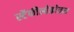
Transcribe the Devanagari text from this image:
स्टैफीलोकोकस